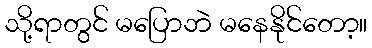
သို့ရာတွင် မပြောဘဲ မနေနိုင်တော့။